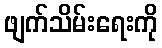
ဖျက်သိမ်းရေးကို